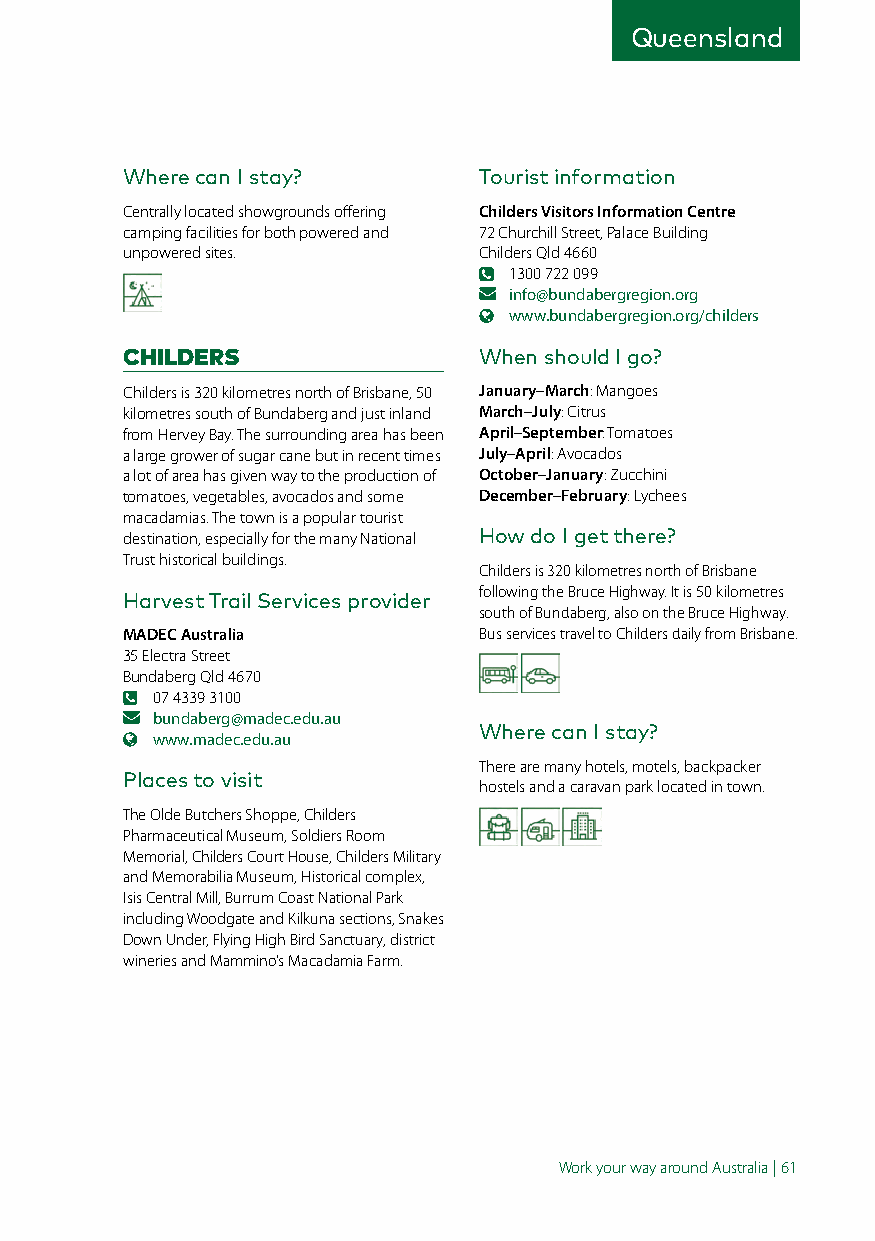
Queensland
 Where can I stay?       Tourist information
 Centrally located showgrounds offering Childers Visitors Information Centre
 camping facilities for both powered and 72 Churchill Street, Palace Building
 unpowered sites.        Childers Qld 4660
 1300 722 099
 info@bundabergregion.org
 www.bundabergregion.org/childers
 CHILDERS                When should I go?
 Childers is 320 kilometres north of Brisbane, 50 January–March: Mangoes
 kilometres south of Bundaberg and just inland March–July: Citrus
 from Hervey Bay. The surrounding area has been April–September: Tomatoes
 a large grower of sugar cane but in recent times July–April: Avocados
 a lot of area has given way to the production of October–January: Zucchini
 tomatoes, vegetables, avocados and some December–February: Lychees
 macadamias. The town is a popular tourist
 destination, especially for the many National How do I get there?
 Trust historical buildings.
 Childers is 320 kilometres north of Brisbane
 following the Bruce Highway. It is 50 kilometres
 Harvest Trail Services provider
 south of Bundaberg, also on the Bruce Highway.
 MADEC Australia         Bus services travel to Childers daily from Brisbane.
 35 Electra Street
 Bundaberg Qld 4670
 07 4339 3100
 bundaberg@madec.edu.au
 Where can I stay?
 www.madec.edu.au
 There are many hotels, motels, backpacker
 Places to visit
 hostels and a caravan park located in town.
 The Olde Butchers Shoppe, Childers
 Pharmaceutical Museum, Soldiers Room
 Memorial, Childers Court House, Childers Military
 and Memorabilia Museum, Historical complex,
 Isis Central Mill, Burrum Coast National Park
 including Woodgate and Kilkuna sections, Snakes
 Down Under, Flying High Bird Sanctuary, district
 wineries and Mammino’s Macadamia Farm.
 Work your way around Australia | 61